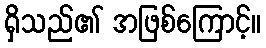
ရှိသည်၏ အဖြစ်ကြောင့်။